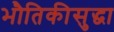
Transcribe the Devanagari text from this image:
भौतिकीसुद्धा